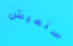
سنعيش